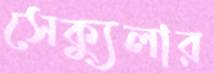
সেক্যুলার